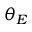
\theta _ { E }